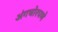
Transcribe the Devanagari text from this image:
अंगचोरपणे